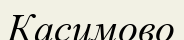
Касимово